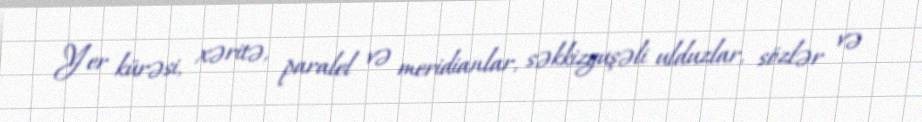
Yer kürəsi, xəritə, paralel və meridianlar, səkkizguşəli ulduzlar, sözlər və